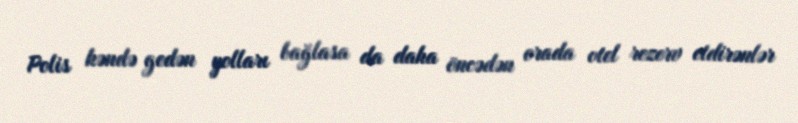
Polis kəndə gedən yolları bağlasa da daha öncədən orada otel rezerv etdirənlər